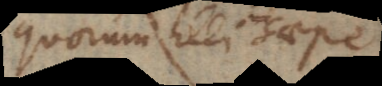
quorum illi saepe